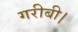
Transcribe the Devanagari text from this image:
गरीबी।